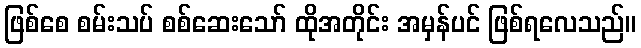
ဖြစ်စေ စမ်းသပ် စစ်ဆေးသော် ထိုအတိုင်း အမှန်ပင် ဖြစ်ရလေသည်။